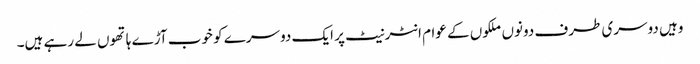
وہیں دوسری طرف دونوں ملکوں کے عوام انٹرنیٹ پر ایک دوسرے کو خوب آڑے ہاتھوں لے رہے ہیں۔